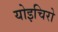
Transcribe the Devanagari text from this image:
योइचिरो